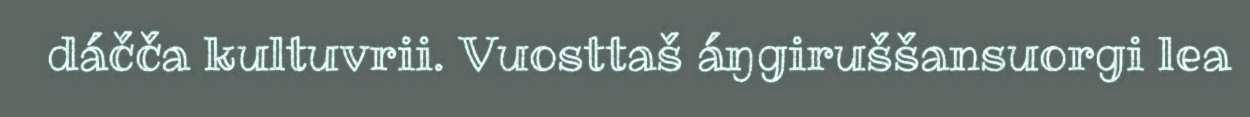
dáčča kultuvrii. Vuosttaš áŋgiruššansuorgi lea